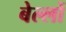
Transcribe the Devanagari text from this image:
बेल्लों